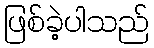
ဖြစ်ခဲ့ပါသည်